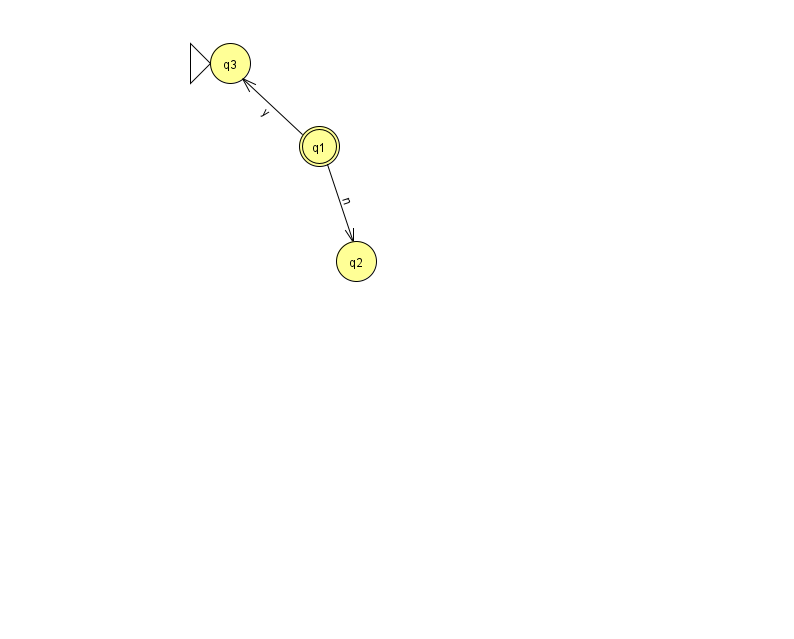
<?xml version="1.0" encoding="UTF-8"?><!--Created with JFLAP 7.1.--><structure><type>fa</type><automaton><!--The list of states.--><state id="0" name="q0"><x>917.0</x><y>103.0</y></state><state id="1" name="q1"><x>319.0</x><y>133.0</y><final/></state><state id="2" name="q2"><x>356.0</x><y>248.0</y></state><state id="3" name="q3"><x>230.0</x><y>50.0</y><initial/></state><!--The list of transitions.--><transition><from>1</from><to>2</to><read>n</read></transition><transition><from>1</from><to>3</to><read>y</read></transition><transition><from>0</from><to>0</to><read>G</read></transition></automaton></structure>